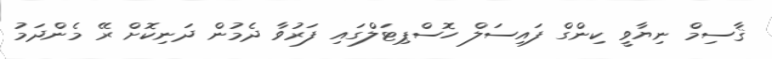
ޤާސިމް ނިޔާވީ ކިންގް ފައިސަލް ހޮސްޕިޓަލްގައި ފަރުވާ ދެމުން ދަނިކޮށް ރޭ މެންދަމު